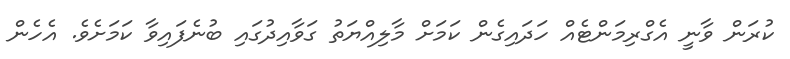
ކުރަން ވާނީ އެގްރިމަންޓެއް ހަދައިގެން ކަމަށް މާލިއްޔަތު ގަވާއިދުގައި ބުނެފައިވާ ކަމަށެވެ. އެހެން